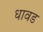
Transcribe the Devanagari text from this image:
धावड